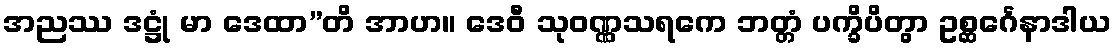
အညဿ ဒဋ္ဌုံ မာ ဒေထာ”တိ အာဟ။ ဒေဝီ သုဝဏ္ဏသရကေ ဘတ္တံ ပက္ခိပိတွာ ဥစ္ဆင်္ဂေနာဒါယ